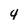
Character: 4